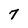
Character: 7